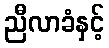
ညီလာခံနှင့်